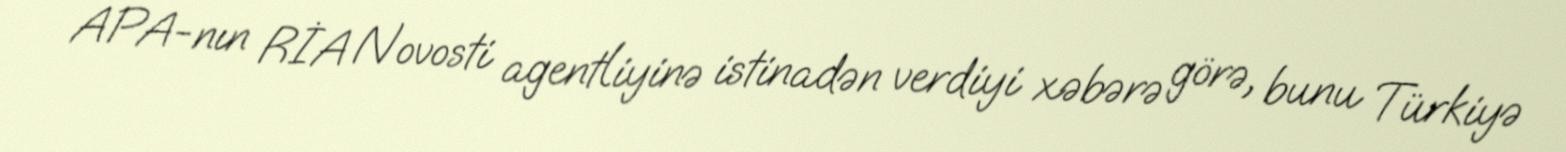
APA-nın RİA Novosti agentliyinə istinadən verdiyi xəbərə görə, bunu Türkiyə